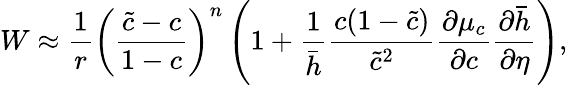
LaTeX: W\approx\frac{1}{r}\left(\frac{\tilde{c}-c}{1-c}\right)^{n}\left(1+\frac{1}{\bar{h}}\frac{c(1-\tilde{c})}{\tilde{c}^{2}}\frac{\partial\mu_{c}}{\partial c}\frac{\partial\bar{h}}{\partial\eta}\right),